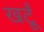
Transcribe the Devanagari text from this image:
खटूँ